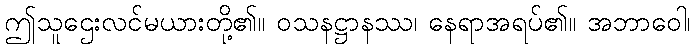
ဤသူဌေးလင်မယားတို့၏။ ဝသနဋ္ဌာနဿ၊ နေရာအရပ်၏။ အဘာဝေါ၊